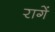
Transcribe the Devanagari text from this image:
रागें